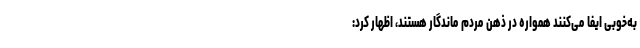
به‌خوبی ایفا می‌کنند همواره در ذهن مردم ماندگار هستند، اظهار کرد: